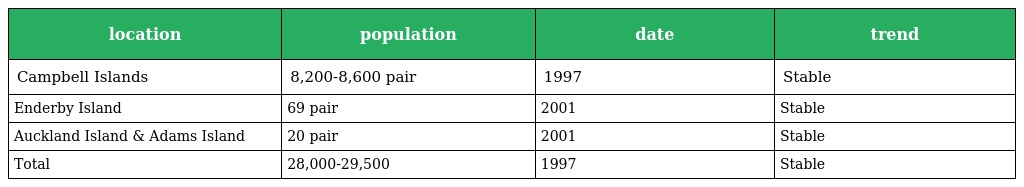
| location | population | date | trend |
 | --- | --- | --- | --- |
 | Campbell Islands | 8,200-8,600 pair | 1997 | Stable |
 | Enderby Island | 69 pair | 2001 | Stable |
 | Auckland Island & Adams Island | 20 pair | 2001 | Stable |
 | Total | 28,000-29,500 | 1997 | Stable |